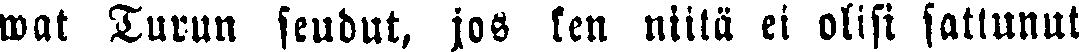
wat Turun seudut, jos ken niilä ei olisi sattunut